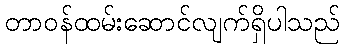
တာဝန်ထမ်းဆောင်လျက်ရှိပါသည်